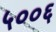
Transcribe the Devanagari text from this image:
५००६